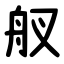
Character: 䑡